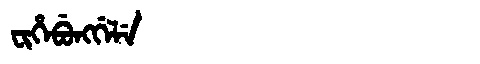
Manchu: ᠸᡳᡥᡝᠪᡠᠩᡤᡝᠯᡝ
Romanization: FIHEBUNGGELE